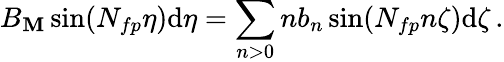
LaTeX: B_{\mathbf{M}}\sin(N_{fp}\eta)\mathrm{{d}}\eta=\sum_{n>0}n{b_{n}}\sin(N_{fp}n\zeta)\mathrm{{d}}\zeta\, .